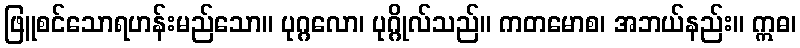
ဖြူစင်သောရဟန်းမည်သော။ ပုဂ္ဂလော၊ ပုဂ္ဂိုလ်သည်။ ကတမောစ၊ အဘယ်နည်း။ ဣဓ၊